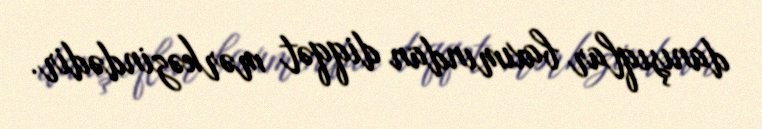
danışıqlar baxımından diqqət mərkəzindədir.